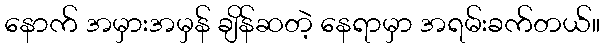
နောက် အမှားအမှန် ချိန်ဆတဲ့ နေရာမှာ အရမ်းခက်တယ်။